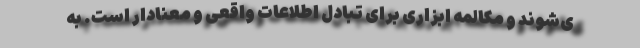
ی‌شوند و مکالمه ابزاری برای تبادل اطلاعات واقعی و معنادار است. به